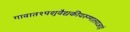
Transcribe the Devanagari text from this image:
गावात१पशुवैद्यकीयरुग्णालयआहे